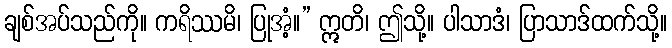
ချစ်အပ်သည်ကို။ ကရိဿမိ၊ ပြုအံ့။” ဣတိ၊ ဤသို့။ ပါသာဒံ၊ ပြာသာဒ်ထက်သို့။